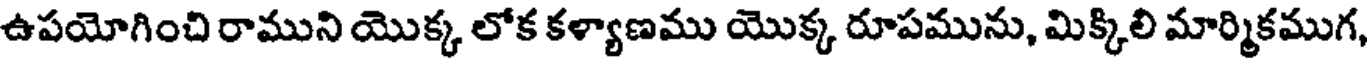
ఉపయోగించి రాముని యొక్క లోక కళ్యాణము యొక్క రూపమును, మిక్కిలి మార్మికముగ,